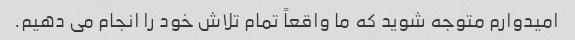
امیدوارم متوجه شوید که ما واقعاً تمام تلاش خود را انجام می دهیم.